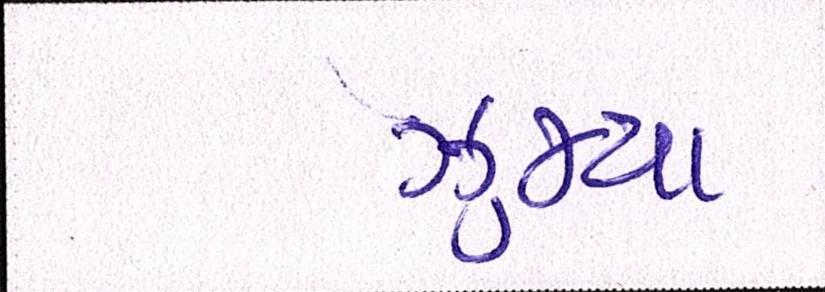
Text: ઝુમ્યા